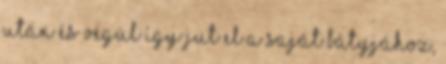
után és végül így jut el a saját bátyjához,